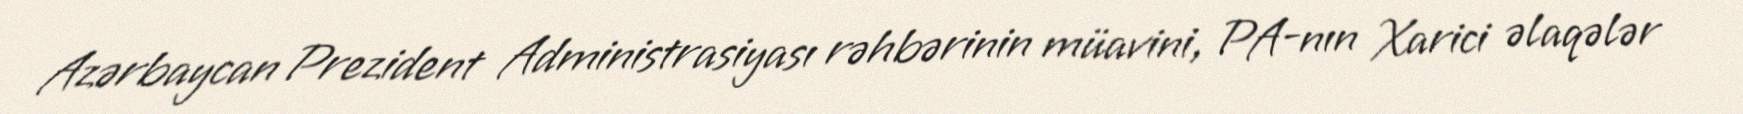
Azərbaycan Prezident Administrasiyası rəhbərinin müavini, PA-nın Xarici əlaqələr